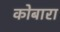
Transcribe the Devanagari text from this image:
कोबारा